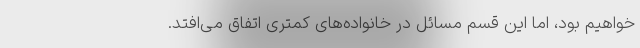
خواهیم بود، اما این قسم مسائل در خانواده‌های کمتری اتفاق می‌افتد.